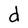
Character: d